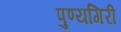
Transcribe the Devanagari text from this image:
पुण्यगिरी